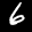
Label: 6